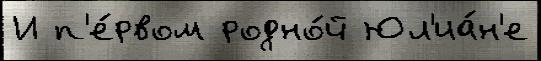
И п'е́рвом родно́й Юл'иа́н'е